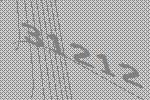
31212